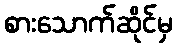
စားသောက်ဆိုင်မှ